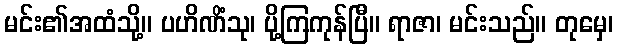
မင်း၏အထံသို့။ ပဟိဏိံသု၊ ပို့ကြကုန်ပြီ။ ရာဇာ၊ မင်းသည်။ တုမှေ၊